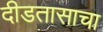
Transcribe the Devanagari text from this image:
दीडतासाचा